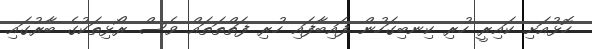
ހޮޅުއަށި ކައިރީ ހުރި ކިނބިގަހުން ފައިބާފައި ހުރި ފަތްތަތައް ވެސް ރޯޅިތަކުގެ ބާރުގައި